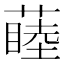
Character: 𬞝